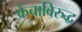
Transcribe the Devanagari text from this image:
फ्रेंचाविरुद्ध